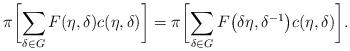
LaTeX: \begin{align*}\pi \biggl[ \sum_{\delta\in G} F(\eta, \delta)c(\eta, \delta) \biggr] = \pi \biggl[ \sum_{\delta\in G} F\bigl(\delta \eta, \delta^{-1}\bigr) c(\eta, \delta) \biggr].\end{align*}